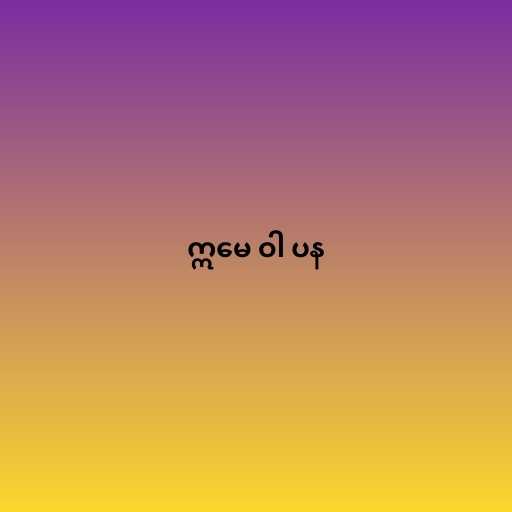
ဣမေ ဝါ ပန